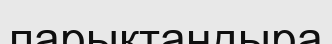
парықтандыра